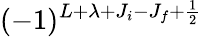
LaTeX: (-1)^{L+\lambda+J_{i}-J_{f}+\frac{1}{2}}